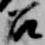
召